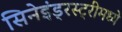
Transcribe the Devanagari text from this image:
सिनेइंड्रस्ट्रीमध्ये